Vaike-Kullamaa_(Vaikna)_vallavalitsus, lk 27
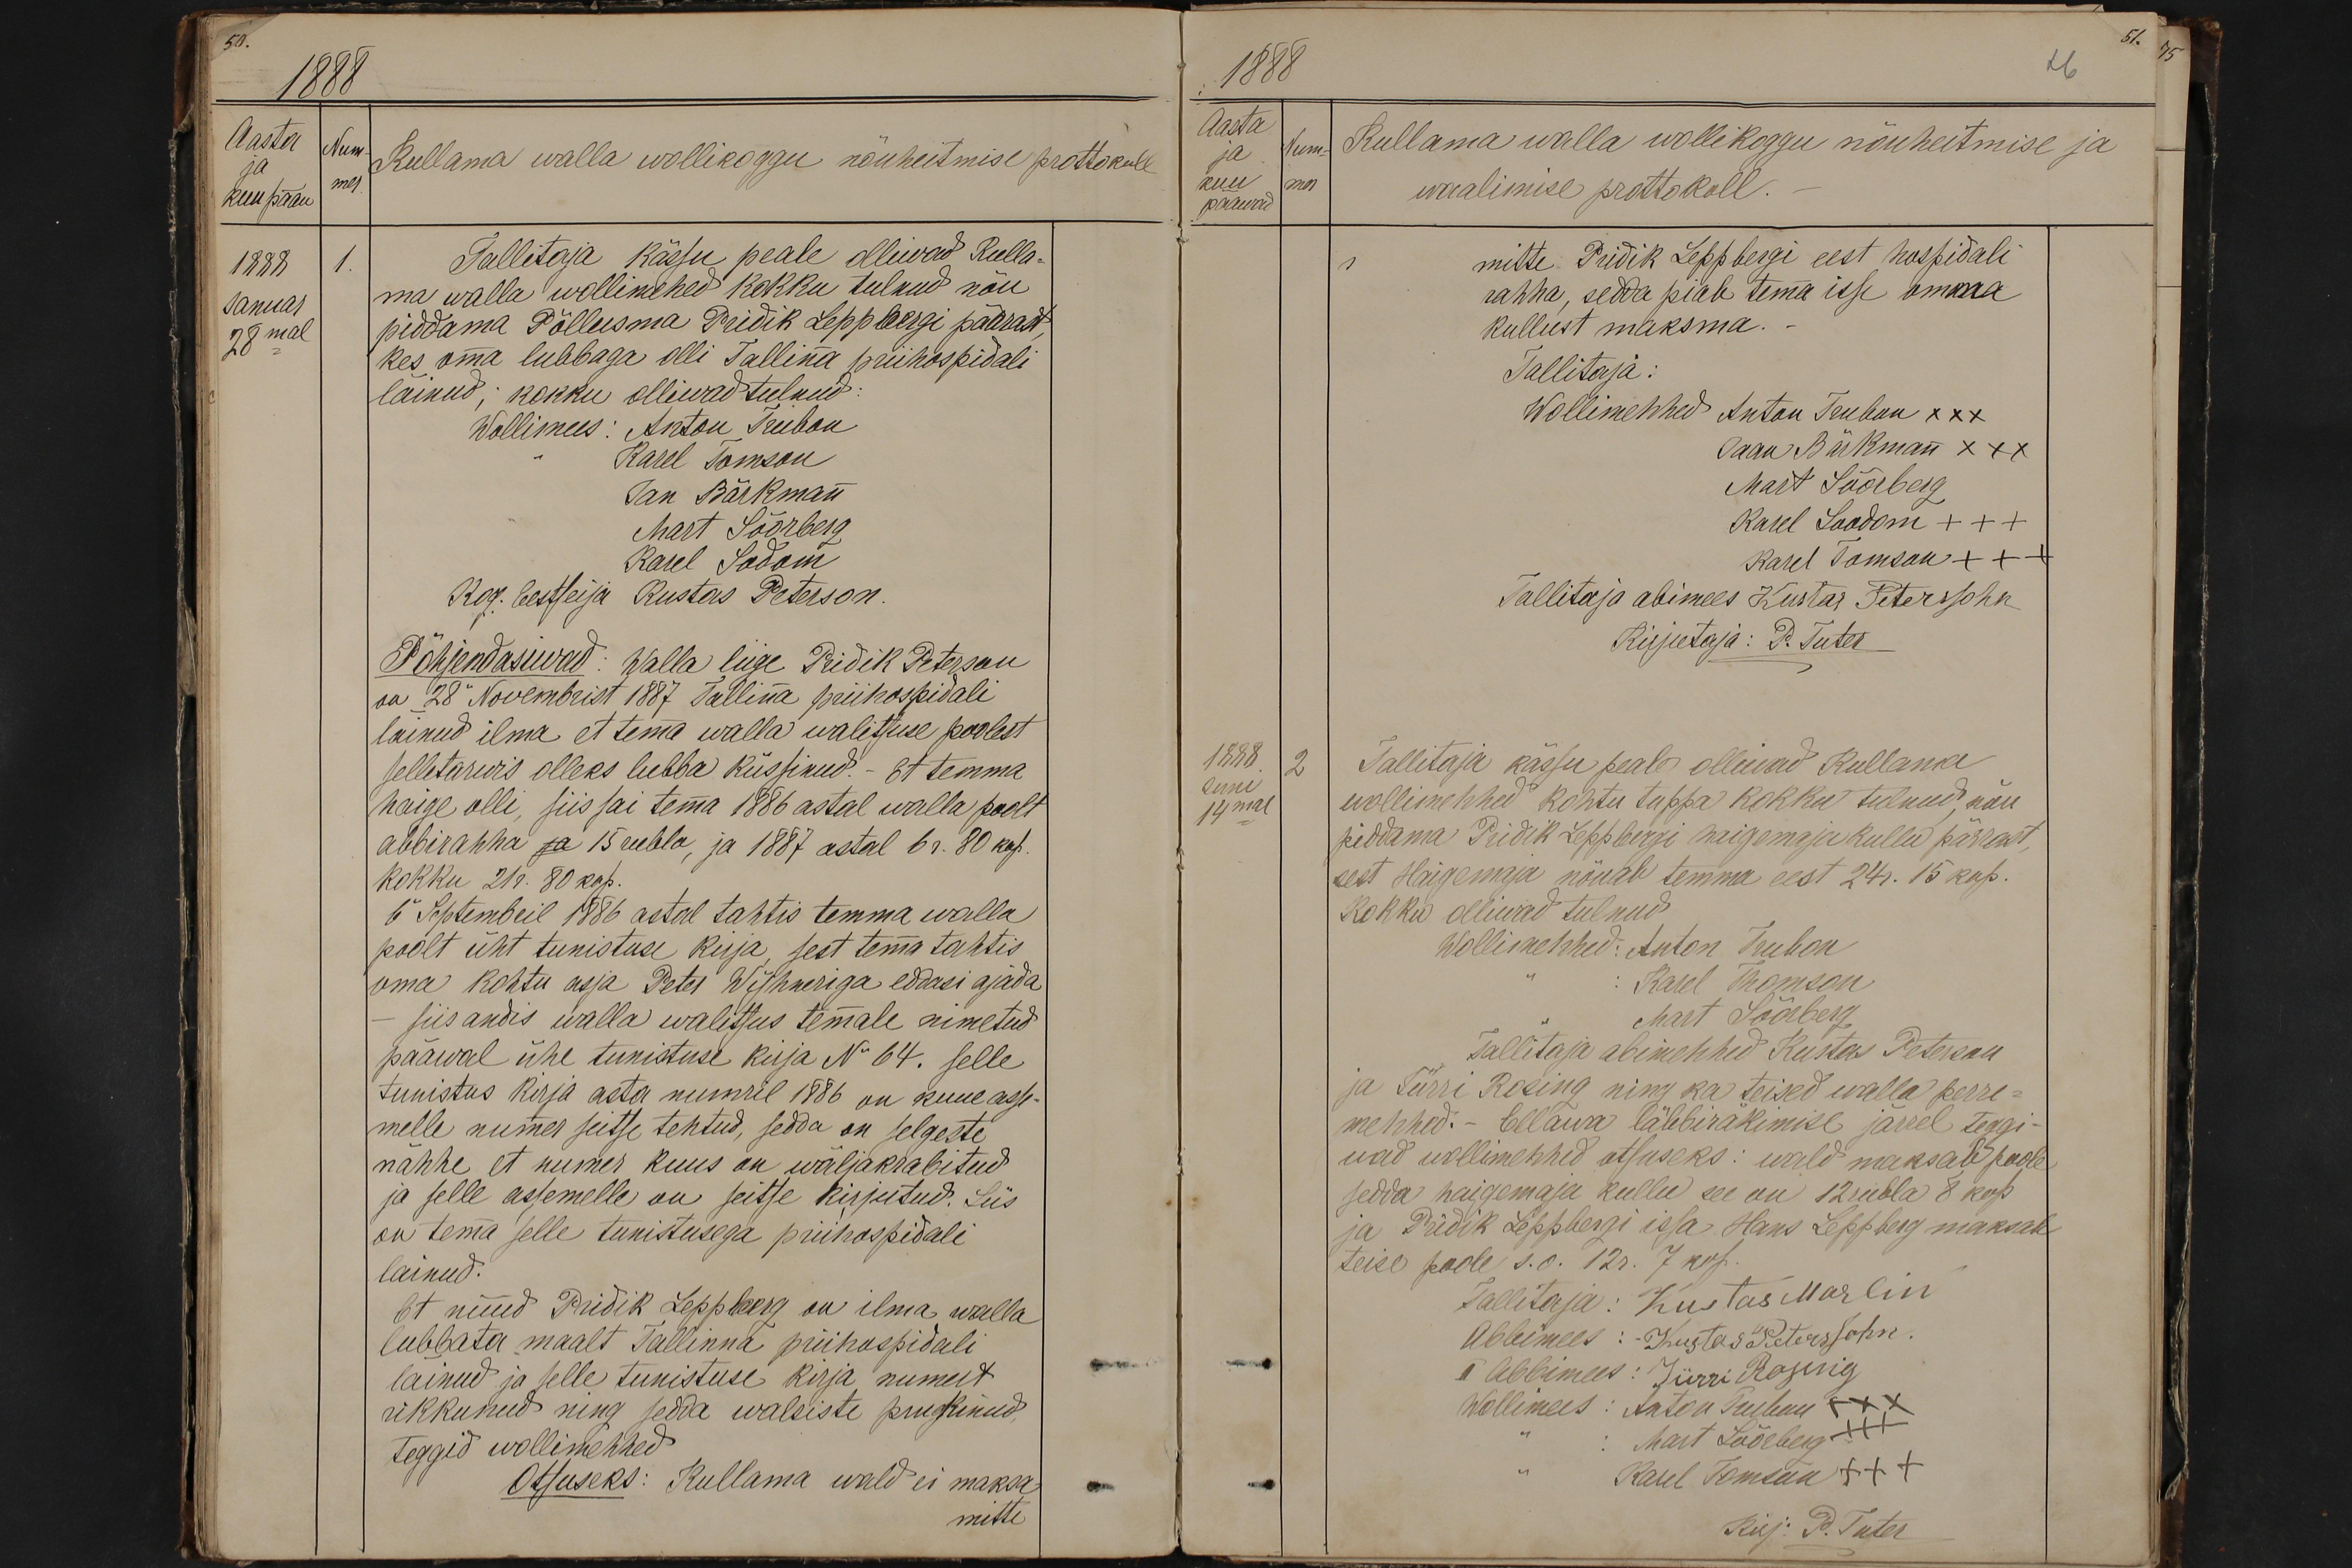
50.
1888
Aasta
Num-
Kullama walla wollikoggu nöuheitmise prottokoll
kuu pääw
mer.
1888
1.
Tallitaja kässu peale ollivad Kulla-
Januar
ma walla wollimehed kokku tulnud nöu
28mal
piddama Põllusma Priidik Leppbergi pärrast
kes oma lubbaga olli Tallina priihospitali
läinud; kokku olliwad tulnud.
Wollimees: Anton Trubon
Karel Tomson
Jan Bärkman
Mart Söörberg
Karel Sodam
Kog. Eestseija Kustas Peterson.
Põhjendasuwad: Walla liige Pridik Peterson
on 28 Novemberist 1887 Tallina priihospidali
lainud ilma et tema walla walitsuse poolest
selletarwis olleks lubba küssinud. Et temma
haige olli, siis sai tema 1886 astal walla poolt
abbirahha ja 15 rubla, ja 1887 astal 6 r. 80 kop.
Kokku 21 r. 80 kop.
6. Septembril 1886 astal tahtis temma walla
poolt üht tunistuse kirja, sest tema tahtis
oma kohtu asja Peter Wyhneriga edasi ajada
siis andis walla walitsus temale nimetud
pääwal ühe tunistuse kirja No 64. selle
tunistus kirja asta numril 1886 on kuue asse-
melle numes seitse tehtud, sedda on selgeste
nähhe et numer kuus on wäljakrabitud
ja selle assemelle on seitse kirjutud. Siis
on tema selle tunistusega priihaspidali
läinud.
Et nüüd Pridik Leppberg on ilma walla
lubbata maalt Tallinna pühuspidali.
läinud ja selle tunistuse kirja numert
rikkunud ning sedda walsiste prugkinud,
teggid wollimehhed
Otsuseks: Kullama wald ei maksa
mitte

51.
1888
16
Aasta
ja
Num-
Kullama walla wollikogju nõuheitmise ja
päewad
kuu
mer
waalimise prottokoll.
pääwad
1
mitte Pridik Leppbergi eest hospidali
rahha, sedda piab tema isse omma
kullust maksma.
Tallitaja:
Wollimehhed Anton Trubun XXX
Jaan Bärkman XXX
Mart Söörberg
Karel Soodom XXX
Karel Tomson XXX
Tallitaja abimees Kustas Petersohn
Kirjutaja: P. Tuter
1888
2
Tallitaja kässu peale olliwad Kullama
Juni
14mal
wollimehhed kohtu tuppa kokku tulnud, nöu
pidama Priidik Leppbergi haigemaja kullu pärrast,
sest Haigemaja nõuab temma eest 24r. 15 kop.
Kokku olliwad tulnud
Wollimehhed: Anton Trubon
Karel Thomson
Mart Söörberg
Tallitaja abimehhed Kustas Peterson
ja Jürri Roring ning ka teised walla perre-
mehhed. Ellawa läbbiräkimise järrel teggi
wad wollimehhed otsuseks: wald maksab poole
sedda haigemaja kullu see on 12 rubla 8 kop
ja Priidik Lepbergi issa Hans Leppberg maksab
teise poole s.o. 12r. 7 kop.
Tallitaja: Kustas Marlin
Abbimees: Kustas Petersohn
II Abbimees: Jürri Rosing
Wollimees: Anton Trubun XXX
Mart Söörberg XXX
Karl Tomson +++
Kirj: P. Tuter.